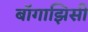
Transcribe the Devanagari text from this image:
बॉगाझिसी